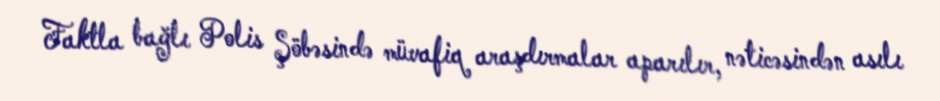
Faktla bağlı Polis Şöbəsində müvafiq araşdırmalar aparılır, nəticəsindən asılı